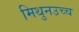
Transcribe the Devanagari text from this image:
मिथुनउच्च